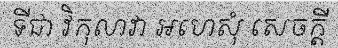
ទីជា វិកុលាវា អហេសុំ សេចក្តី